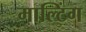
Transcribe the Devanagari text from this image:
माल्टिंग